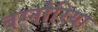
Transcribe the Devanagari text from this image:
बग्नोरिया